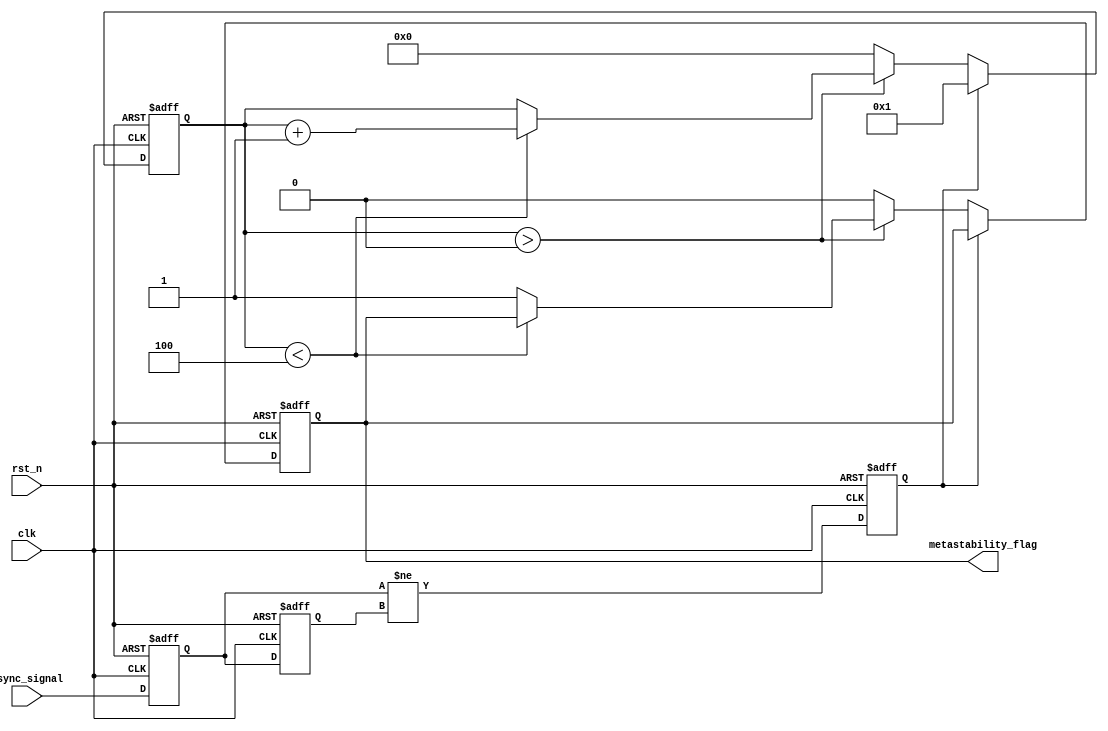
module metastability_detector #(
    parameter PULSE_WIDTH = 1,        // Pulse width in clock cycles
    parameter MONITOR_DURATION = 4    // Duration to monitor metastability in clock cycles
)(
    input wire clk,                   // System clock
    input wire rst_n,                 // Active low reset
    input wire async_signal,          // Asynchronous input signal
    output reg metastability_flag      // Metastability flag output
);

    // Internal signals
    reg ff1, ff2;                     // Flip-flops for sampling
    reg [3:0] monitor_counter;        // Counter for monitoring duration
    reg pulse;                        // Pulse signal

    // Flip-flop sampling the asynchronous signal
    always @(posedge clk or negedge rst_n) begin
        if (!rst_n) begin
            ff1 <= 1'b0;
            ff2 <= 1'b0;
        end else begin
            ff1 <= async_signal;      // Sample the async signal
            ff2 <= ff1;               // Sample the output of the first flip-flop
        end
    end

    // Pulse generation on change detection
    always @(posedge clk or negedge rst_n) begin
        if (!rst_n) begin
            pulse <= 1'b0;
        end else begin
            pulse <= (ff1 != ff2);    // Generate pulse if there is a change
        end
    end

    // Metastability detection logic
    always @(posedge clk or negedge rst_n) begin
        if (!rst_n) begin
            monitor_counter <= 4'b0;
            metastability_flag <= 1'b0;
        end else begin
            if (pulse) begin
                monitor_counter <= 4'b1; // Start counting if pulse is detected
            end else if (monitor_counter > 0) begin
                if (monitor_counter < MONITOR_DURATION) begin
                    monitor_counter <= monitor_counter + 1; // Increment counter
                end else begin
                    metastability_flag <= 1'b1; // Assert flag if duration exceeded
                end
            end else begin
                monitor_counter <= 4'b0; // Reset counter if no pulse
                metastability_flag <= 1'b0; // Clear flag
            end
        end
    end

endmodule